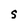
Character: S